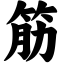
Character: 筋